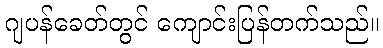
ဂျပန်ခေတ်တွင် ကျောင်းပြန်တက်သည်။